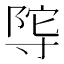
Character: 𭔴